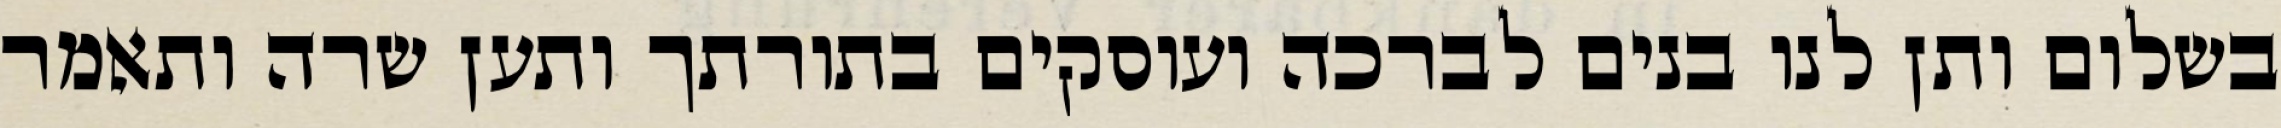
בשלום ותן לנו בנים לברכה ועוסקים בתורתך ותען שרה ותאמר